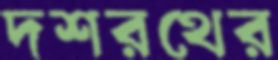
দশরথের